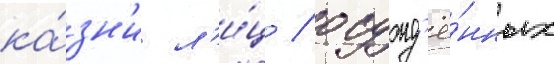
ка́зн'и л'и́ц / осужд'ё́нных